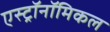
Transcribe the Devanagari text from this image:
एस्ट्रॉनॉमिकल